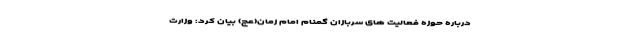
درباره حوزه فعالیت های سربازان گمنام امام زمان(عج) بیان کرد: وزارت